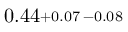
0 . 4 4 \substack { + 0 . 0 7 \, - 0 . 0 8 }